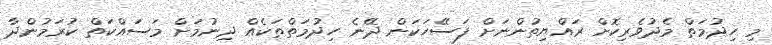
މި ހިދުމަތް މެދުވެރިކޮށް ރައްޔިތުންނަށް ފަސޭހަކަން ދޭނެ ހިދުމަތްތަކެއް ދިނުމަށް މަސައްކަތް ކުރަމުންދާ